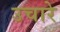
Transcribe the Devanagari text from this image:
उचारे